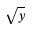
\sqrt { y }